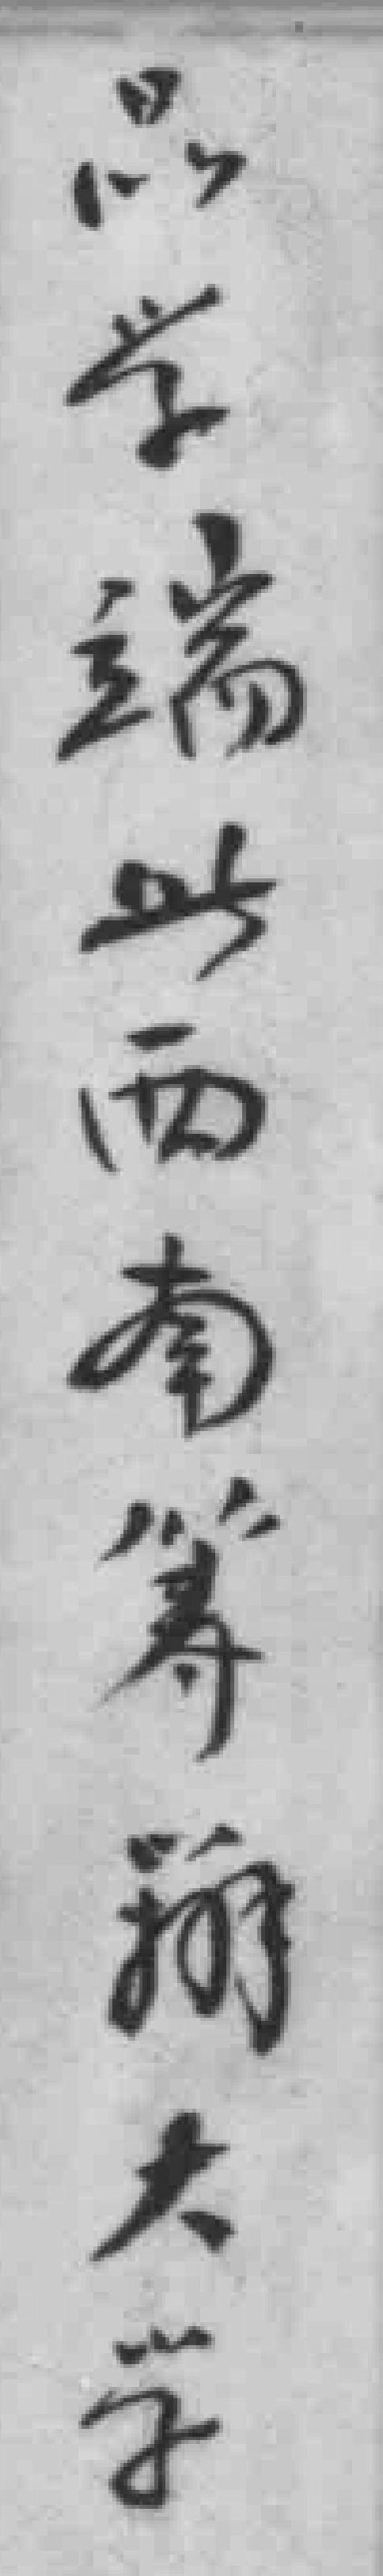
品学端此西南筹辦大学